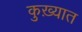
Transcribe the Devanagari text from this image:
कुख़्यात